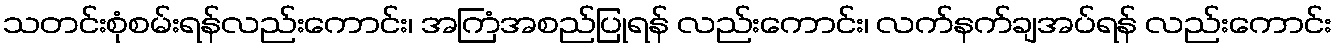
သတင်းစုံစမ်းရန်လည်းကောင်း၊ အကြံအစည်ပြုရန် လည်းကောင်း၊ လက်နက်ချအပ်ရန် လည်းကောင်း